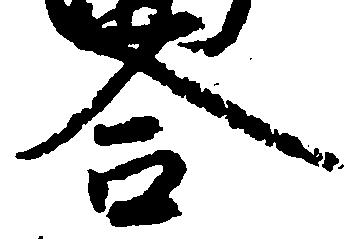
合